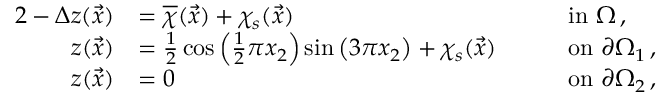
\begin{array} { r l r l } { { 2 } - \Delta z ( \vec { x } ) } & { = \overline { { \chi } } ( \vec { x } ) + \chi _ { s } ( \vec { x } ) \quad } & & { \mathrm { i n ~ } \Omega \, , } \\ { z ( \vec { x } ) } & { = \frac { 1 } { 2 } \cos \left( \frac { 1 } { 2 } \pi x _ { 2 } \right) \sin \left( 3 \pi x _ { 2 } \right) + \chi _ { s } ( \vec { x } ) \quad } & & { \mathrm { o n ~ } \partial \Omega _ { 1 } \, , } \\ { z ( \vec { x } ) } & { = 0 \quad } & & { \mathrm { o n ~ } \partial \Omega _ { 2 } \, , } \end{array}